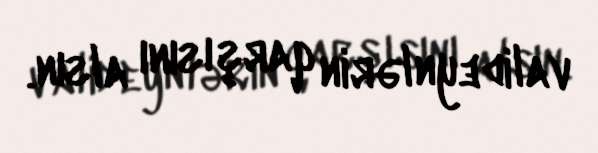
valideynlərin qarşısını alsın.